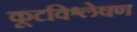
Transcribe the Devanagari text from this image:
कूटविश्लेषण